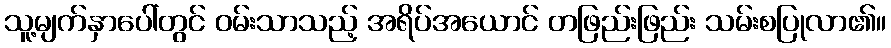
သူ့မျက်နှာပေါ်တွင် ဝမ်းသာသည့် အရိပ်အယောင် တဖြည်းဖြည်း သမ်းစပြုလာ၏။